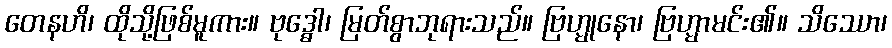
တေနဟိ၊ ထိုသို့ဖြစ်မူကား။ ဗုဒ္ဓေါ၊ မြတ်စွာဘုရားသည်။ ဗြဟ္မုနော၊ ဗြဟ္မာမင်း၏။ သိဿော၊